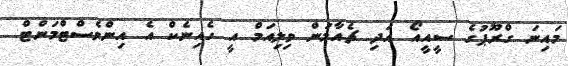
މައިނަ ގްރޫޕުގެ ސީއީއޯ އަދި ޗެއާމަން ވިލިއަމް އީ ހެއިނެކް އެ އިންވެސްޓްމަންޓް